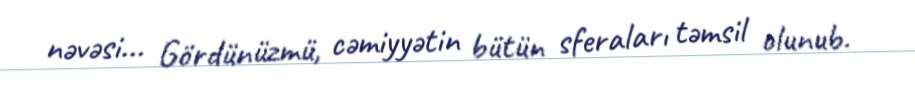
nəvəsi... Gördünüzmü, cəmiyyətin bütün sferaları təmsil olunub.